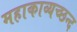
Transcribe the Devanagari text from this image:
महाकाव्यच्छन्द